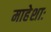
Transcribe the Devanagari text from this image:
माहेशाः